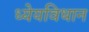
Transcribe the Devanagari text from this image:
ध्येयविधान